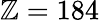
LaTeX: \mathbb{Z}=184